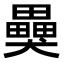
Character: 𤣂